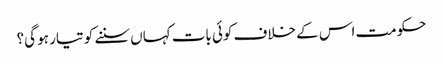
حکومت اس کے خلاف کوئی بات کہاں سننے کو تیار ہو گی؟